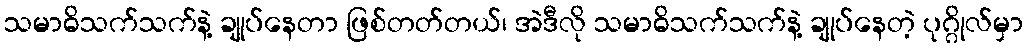
သမာဓိသက်သက်နဲ့ ချုပ်နေတာ ဖြစ်တတ်တယ်၊ အဲဒီလို သမာဓိသက်သက်နဲ့ ချုပ်နေတဲ့ ပုဂ္ဂိုလ်မှာ